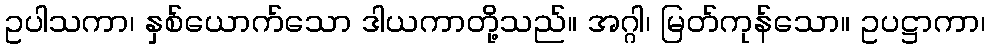
ဥပါသကာ၊ နှစ်ယောက်သော ဒါယကာတို့သည်။ အဂ္ဂါ၊ မြတ်ကုန်သော။ ဥပဋ္ဌာကာ၊